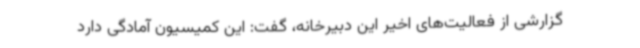
گزارشی از فعالیت‌های اخیر این دبیرخانه، گفت: این کمیسیون آمادگی دارد